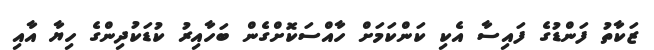
ޒަކާތު ފަންޑުގެ ފައިސާ އެކި ކަންކަމަށް ހާއްސަކޮށްގެން ބަހާއިރު ކުޑަކުދިންގެ ހިޔާ އާއި